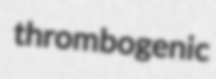
thrombogenic